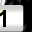
Digit: 1